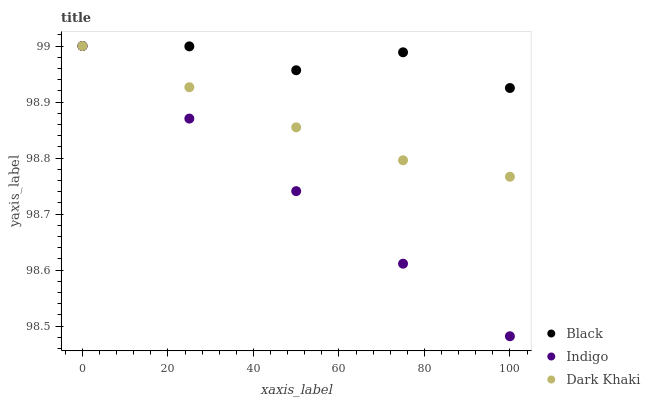
| xaxis_label | Black | Indigo | Dark Khaki |
 | --- | --- | --- | --- |
 | 0 | 99 | 99 | 99 |
 | 25 | 99 | 98.9 | 98.9 |
 | 50 | 99 | 98.7 | 98.9 |
 | 75 | 99 | 98.6 | 98.8 |
 | 100 | 98.9 | 98.5 | 98.8 |